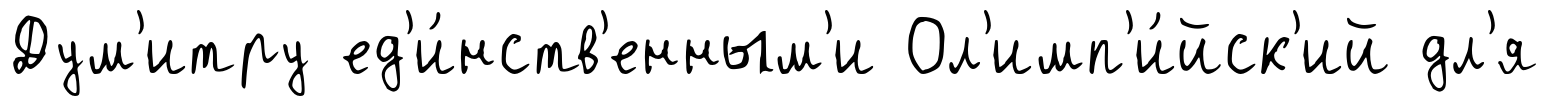
Дум'итру ед'и́нств'енным'и Ол'имп'и́йск'ий дл'я